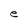
Character: e